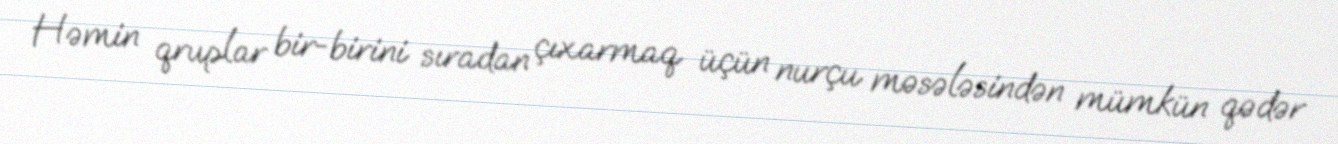
Həmin qruplar bir-birini sıradan çıxarmaq üçün nurçu məsələsindən mümkün qədər